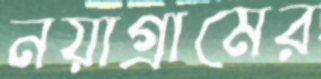
নয়াগ্রামের